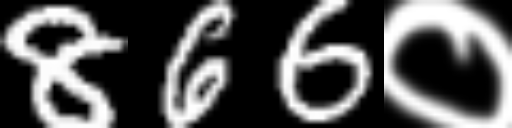
Text: 866०